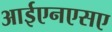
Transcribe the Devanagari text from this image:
आईएनएसए